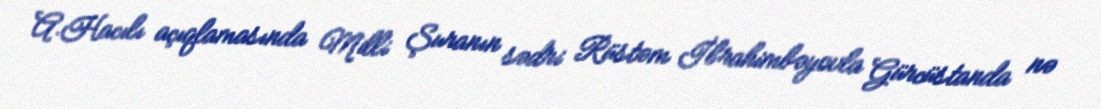
A.Hacılı açıqlamasında Milli Şuranın sədri Rüstəm İbrahimbəyovla Gürcüstanda nə